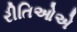
રીતિઓએ